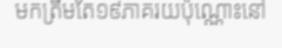
មកត្រឹមតែ១៩ភាគរយប៉ុណ្ណោះនៅ